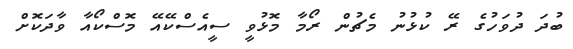
ބުދަ ދުވަހުގެ ރޭ ކުޅުނު މެޗުން ރޯމާ މޮޅުވީ ސީއެސްކޭއޭ މޮސްކޯއާ ވާދަކޮށް